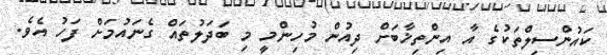
ކައުންސިލްތަކުގެ އާ އިންތިޚާބަށް ދިއުން މުހިންމީ މި ބަދަލުތައް ގެނައުމަށް ފަހު އެވެ.